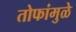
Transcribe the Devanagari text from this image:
तोफांमुळे